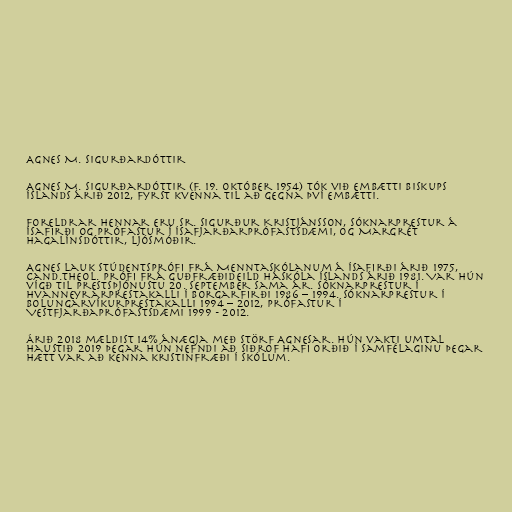
Agnes M. Sigurðardóttir

Agnes M. Sigurðardóttir (f. 19. október 1954) tók við embætti biskups
Íslands árið 2012, fyrst kvenna til að gegna því embætti.

Foreldrar hennar eru sr. Sigurður Kristjánsson, sóknarprestur á
Ísafirði og prófastur í Ísafjarðarprófastsdæmi, og Margrét
Hagalínsdóttir, ljósmóðir.

Agnes lauk stúdentsprófi frá Menntaskólanum á Ísafirði árið 1975,
cand.theol. prófi frá Guðfræðideild Háskóla Íslands árið 1981. Var hún
vígð til prestsþjónustu 20. september sama ár. Sóknarprestur í
Hvanneyrarprestakalli í Borgarfirði 1986 – 1994. Sóknarprestur í
Bolungarvíkurprestakalli 1994 – 2012, prófastur í
Vestfjarðaprófastsdæmi 1999 - 2012.

Árið 2018 mældist 14% ánægja með störf Agnesar. Hún vakti umtal
haustið 2019 þegar hún nefndi að siðrof hafi orðið í samfélaginu þegar
hætt var að kenna kristinfræði í skólum.